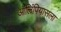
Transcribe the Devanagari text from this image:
ऑलिंपियासला